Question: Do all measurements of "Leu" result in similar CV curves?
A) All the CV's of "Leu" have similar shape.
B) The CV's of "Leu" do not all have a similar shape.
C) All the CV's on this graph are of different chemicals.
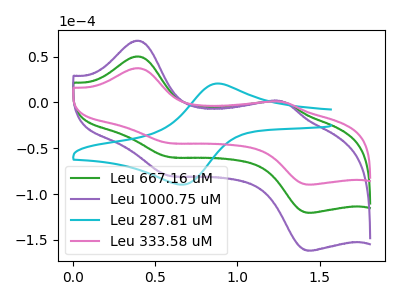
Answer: <think>The green curve "Leu 667.16 uM" has anodic peaks at (0.40V, 50.15uA) (1.25V, 1.00uA) and cathodic peaks at (0.60V, -59.40uA) (1.45V, -120.40uA). The purple curve "Leu 1000.75 uM" has anodic peaks at (0.40V, 100.35uA) (1.25V, 1.95uA) and cathodic peaks at (0.60V, -118.80uA) (1.45V, -240.85uA). The cyan curve "Leu 287.81 uM" has an anodic peak at (0.90V, 20.60uA) and a cathodic peak at (0.70V, -89.40uA). The pink curve "Leu 333.58 uM" has anodic peaks at (0.40V, 37.35uA) (1.25V, 0.75uA) and cathodic peaks at (0.60V, -44.25uA) (1.45V, -89.70uA).
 All the peaks in "Leu 667.16 uM" have a peak in "Leu 1000.75 uM" at the same potential. Every peak in "Leu 667.16 uM" is lower than every peak in "Leu 1000.75 uM". "Leu 667.16 uM" and "Leu 287.81 uM" have a different number of peaks. All the peaks in "Leu 667.16 uM" have a peak in "Leu 333.58 uM" at the same potential. Every peak in "Leu 667.16 uM" is higher than every peak in "Leu 333.58 uM". "Leu 1000.75 uM" and "Leu 287.81 uM" have a different number of peaks. All the peaks in "Leu 1000.75 uM" have a peak in "Leu 333.58 uM" at the same potential. Every peak in "Leu 1000.75 uM" is higher than every peak in "Leu 333.58 uM". "Leu 287.81 uM" and "Leu 333.58 uM" have a different number of peaks.</think>
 <answer>A) All the CV's of "Leu" have similar shape.</answer>
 <eval>A</eval>